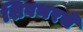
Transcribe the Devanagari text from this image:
शिवथरचे